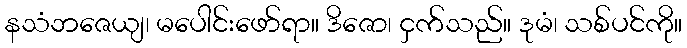
နသံဘဇေယျ၊ မပေါင်းဖော်ရာ။ ဒိဇော၊ ငှက်သည်။ ဒုမံ၊ သစ်ပင်ကို။